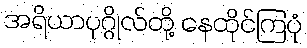
အရိယာပုဂ္ဂိုလ်တို့ နေထိုင်ကြပုံ